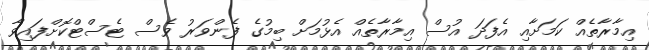
އިމާރާތެއް ކަމަށާއި އެފަދަ އުސް އިމާރާތެއް އެޅުމަށް ބިމުގެ ފެންވަރު ވެސް ޓެސްޓްކޮށްފައިވާ